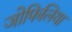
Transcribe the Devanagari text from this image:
जोफिलिया